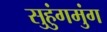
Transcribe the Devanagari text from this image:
सुहुंगमुंग